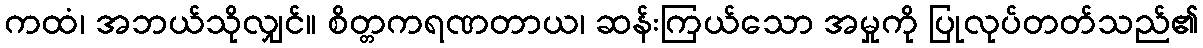
ကထံ၊ အဘယ်သိုလျှင်။ စိတ္တကရဏတာယ၊ ဆန်းကြယ်သော အမှုကို ပြုလုပ်တတ်သည်၏